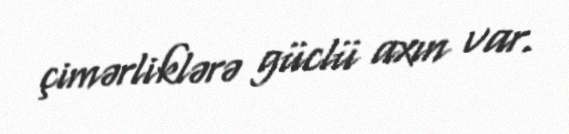
çimərliklərə güclü axın var.